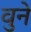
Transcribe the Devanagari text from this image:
वुने